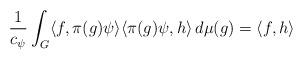
LaTeX: \begin{align*}\frac{1}{c_\psi} \int_G \langle f, \pi(g)\psi \rangle \langle \pi(g)\psi, h \rangle\,d\mu(g) = \langle f, h \rangle\end{align*}